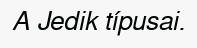
A Jedik típusai.